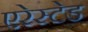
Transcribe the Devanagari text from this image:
एरेस्टेड